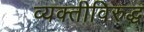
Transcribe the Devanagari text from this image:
व्यक्तीविरुद्ध